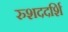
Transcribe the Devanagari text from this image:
रुशददर्शि